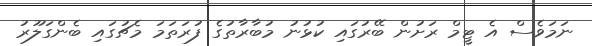
ނަމަވެސް އެ ޓީމް ރަށުން ބޭރުގައި ކުޅުނު މުބާރާތުގެ ފުރަތަމަ މެޗުގައި ބެންގަލޫރު